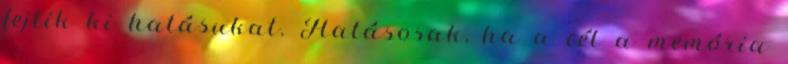
fejtik ki hatásukat. Hatásosak, ha a cél a memória